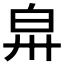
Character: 𤽒